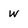
Character: W